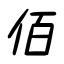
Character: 佰